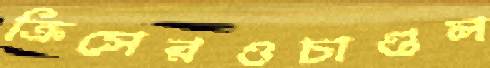
ক্রিসেরওচাণ্ডল